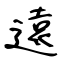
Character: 遠